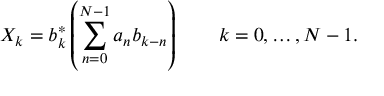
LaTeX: X _ { k } = b _ { k } ^ { * } \left( \sum _ { n = 0 } ^ { N - 1 } a _ { n } b _ { k - n } \right) \qquad k = 0 , \dots , N - 1 .